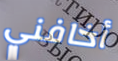
أخافني